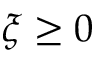
\xi \ge 0